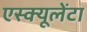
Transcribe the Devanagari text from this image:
एस्क्यूलेंटा